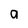
Character: a